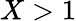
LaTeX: X>1